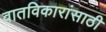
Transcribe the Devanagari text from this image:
वातविकारांसाठी